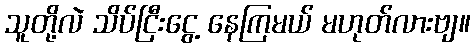
သူတို့လဲ သိပ်ငြီးငွေ့ နေကြမယ် မဟုတ်လားဗျ။